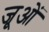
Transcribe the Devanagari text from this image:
जूओं